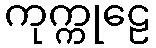
ကုက္ကုဠေ